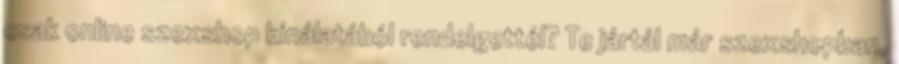
csak online szexshop kínálatából rendelgettél? Te jártál már szexshopban,